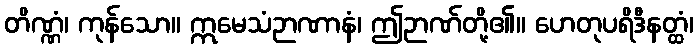
တိဏ္ဏံ၊ ကုန်သော။ ဣမေသံဉာဏာနံ၊ ဤဉာဏ်တို့၏။ ဟေတုပရိဒီနတ္ထံ၊